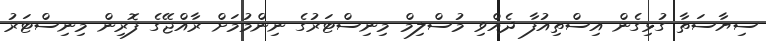
ސިޔާސަތާ ގުޅިގެން އިސްތިއުފާ ދެއްވި މުސްލިމް މިނިސްޓަރުގެ ނިންމުމަށް ރާއްޖޭގެ ފޮރިން މިނިސްޓަރު